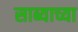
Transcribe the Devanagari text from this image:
साब्याच्या